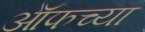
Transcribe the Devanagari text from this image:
ऑफच्या